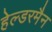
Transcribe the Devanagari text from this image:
हेल्डरमैन